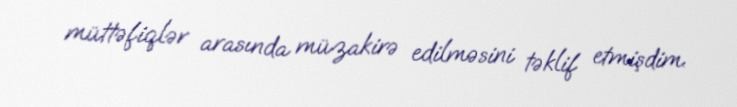
müttəfiqlər arasında müzakirə edilməsini təklif etmişdim.